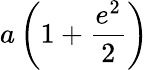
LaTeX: a\left(1+{\frac{e^{2}}{2}}\right)